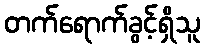
တက်ရောက်ခွင့်ရှိသူ